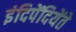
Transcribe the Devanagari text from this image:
इंदिपेंदियेंते